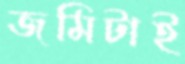
জমিটাই